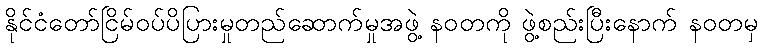
နိုင်ငံတော်ငြိမ်ဝပ်ပိပြားမှုတည်ဆောက်မှုအဖွဲ့ နဝတကို ဖွဲ့စည်းပြီးနောက် နဝတမှ